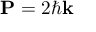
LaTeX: \mathbf { P } = 2 \hbar \mathbf { k }